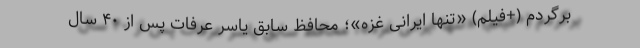
برگردم (+فیلم) «تنها ایرانی غزه»؛ محافظ سابق یاسر عرفات پس از ۴۰ سال